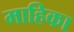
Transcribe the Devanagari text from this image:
माहिका